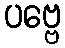
ပဗ္ဗေ